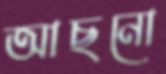
আছনো